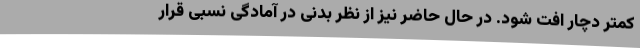
کمتر دچار افت شود. در حال حاضر نیز از نظر بدنی در آمادگی نسبی قرار